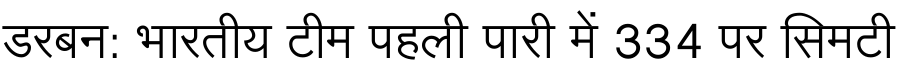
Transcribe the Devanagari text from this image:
डरबन: भारतीय टीम पहली पारी में 334 पर सिमटी